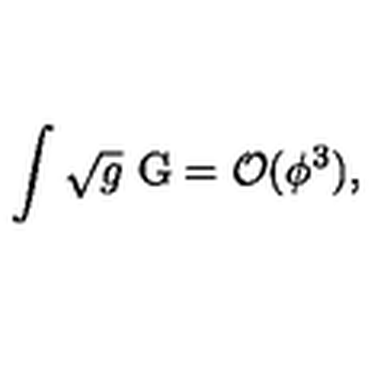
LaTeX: \int \sqrt { g } \ \mathrm { G } = { \cal O } ( \phi ^ { 3 } ) ,